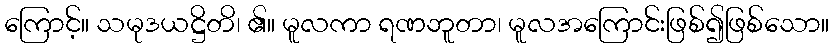
ကြောင့်။ သမုဒယဋ္ဌိတိ၊ ၏။ မူလကာ ရဏဘူတာ၊ မူလအကြောင်းဖြစ်၍ဖြစ်သော။